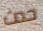
حدث